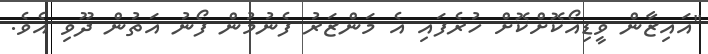
"އައިޒާން ވީޑިއޯކޮށްކޮށް ހުރެފައި އެ މަންޒަރު ފެނުމުން ފޯނު އަތުން ދޫވި އެވެ.